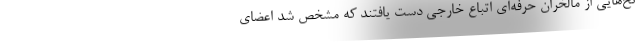
نخ‌هایی از مالخران حرفه‌ای اتباع خارجی دست یافتند که مشخص شد اعضای